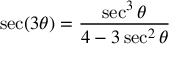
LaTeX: \sec ( 3 \theta ) = { \frac { \sec ^ { 3 } \theta } { 4 - 3 \sec ^ { 2 } \theta } }